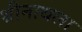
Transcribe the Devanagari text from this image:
श्रीनाथला